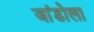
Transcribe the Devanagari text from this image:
जांडोला